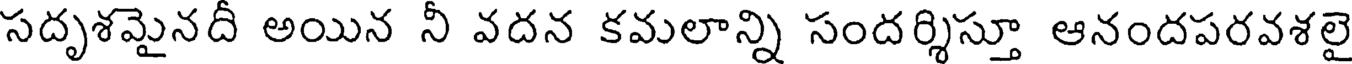
సదృశమైనదీ అయిన నీ వదన కమలాన్ని సందర్శిస్తూ ఆనందపరవశలై